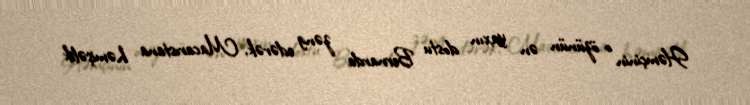
Həmçinin o özünün ən yaxın dostu Bernarda zəng edərək, Macarıstana həmişəlik